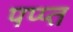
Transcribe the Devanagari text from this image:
पप्प्त